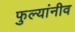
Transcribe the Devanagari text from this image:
फुल्यांनीव